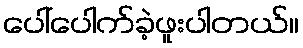
ပေါ်ပေါက်ခဲ့ဖူးပါတယ်။